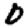
Digit: 0